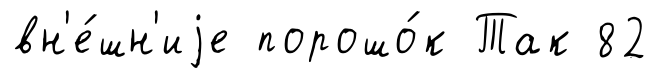
вн'е́шн'иjе порошо́к Так 82